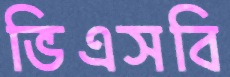
ভিএসবি